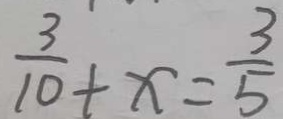
\frac { 3 } { 1 0 } + x = \frac { 3 } { 5 }